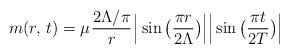
LaTeX: \begin{align*} m(r, {\kern 2pt} t)= \mu {\kern 1pt}\frac {2\Lambda/\pi}{r}{\kern 1pt} \Big| \sin\big( \frac {\pi r}{2\Lambda}\big) \Big| \Big|\sin\big( \frac {\pi t}{2T}\big)\Big|\end{align*}